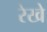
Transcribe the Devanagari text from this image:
रेखे